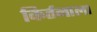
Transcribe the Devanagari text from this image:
किर्तनाला